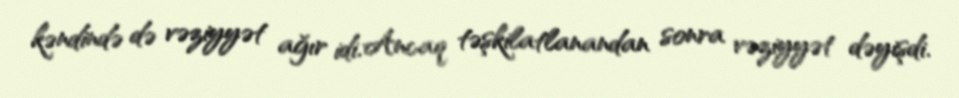
kəndində də vəziyyət ağır idi. Ancaq təşkilatlanandan sonra vəziyyət dəyişdi.